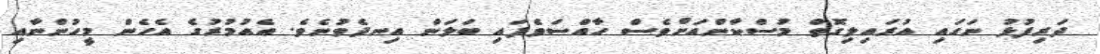
ދަރިފުޅު ނަގައި އުރައިލިގޮތް މުސްކާންއަށްވެސް ހާއްސަވެފައި ބަލަން އިނދެވުނެވެ. އެއުމުރުގެ އެހެން މީހުންނާއި